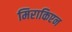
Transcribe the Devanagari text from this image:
मिराकिएन